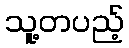
သူ့တပည့်